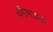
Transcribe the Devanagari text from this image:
वीरभावना